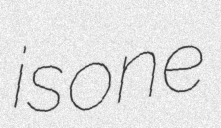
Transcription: is one